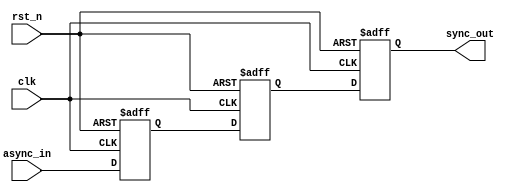
module signal_level_crossing_synchronizer #(
    parameter WIDTH = 1  // Width of the input signal
)(
    input wire clk,                  // Receiving clock
    input wire rst_n,                // Active low reset
    input wire [WIDTH-1:0] async_in, // Asynchronous input signal
    output reg [WIDTH-1:0] sync_out  // Synchronized output signal
);

    // Internal signals for the dual flip-flops
    reg [WIDTH-1:0] ff1; // First flip-flop output
    reg [WIDTH-1:0] ff2; // Second flip-flop output

    // Dual flip-flop synchronizer
    always @(posedge clk or negedge rst_n) begin
        if (!rst_n) begin
            ff1 <= {WIDTH{1'b0}}; // Initialize ff1 to 0 on reset
            ff2 <= {WIDTH{1'b0}}; // Initialize ff2 to 0 on reset
            sync_out <= {WIDTH{1'b0}}; // Initialize sync_out to 0 on reset
        end else begin
            ff1 <= async_in; // Sample the asynchronous input
            ff2 <= ff1;      // Sample the output of the first flip-flop
            sync_out <= ff2; // Output the synchronized signal
        end
    end

endmodule